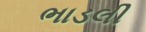
ભાડલી